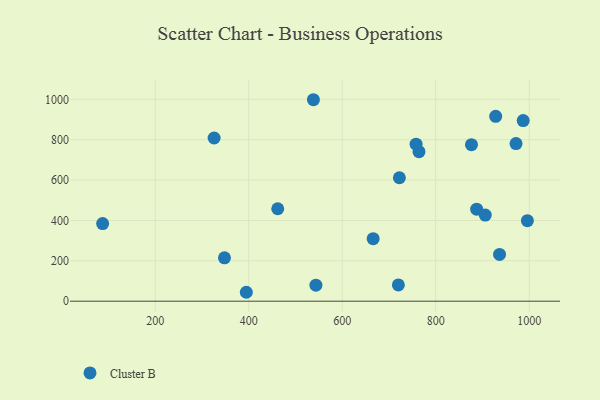
{"axis": {"x": "Experience", "y": "Salary"}, "legend": ["Cluster B"], "data": [{"x": "936.6", "y": 231.5, "type": "Cluster B"}, {"x": "971.8", "y": 780.8, "type": "Cluster B"}, {"x": "928.3", "y": 915.6, "type": "Cluster B"}, {"x": "325.9", "y": 808.4, "type": "Cluster B"}, {"x": "764.2", "y": 740.5, "type": "Cluster B"}, {"x": "543.7", "y": 79.4, "type": "Cluster B"}, {"x": "462.0", "y": 457.9, "type": "Cluster B"}, {"x": "887.6", "y": 455.8, "type": "Cluster B"}, {"x": "538.4", "y": 998.0, "type": "Cluster B"}, {"x": "987.2", "y": 894.7, "type": "Cluster B"}, {"x": "906.0", "y": 426.7, "type": "Cluster B"}, {"x": "348.1", "y": 214.7, "type": "Cluster B"}, {"x": "722.3", "y": 611.4, "type": "Cluster B"}, {"x": "666.2", "y": 309.5, "type": "Cluster B"}, {"x": "996.1", "y": 399.1, "type": "Cluster B"}, {"x": "758.0", "y": 778.0, "type": "Cluster B"}, {"x": "87.4", "y": 384.7, "type": "Cluster B"}, {"x": "876.5", "y": 775.4, "type": "Cluster B"}, {"x": "720.1", "y": 80.8, "type": "Cluster B"}, {"x": "394.8", "y": 44.2, "type": "Cluster B"}]}